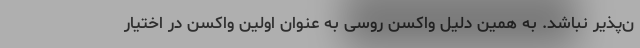
ن‌پذیر نباشد. به همین دلیل واکسن روسی به عنوان اولین واکسن در اختیار